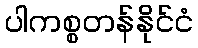
ပါကစ္စတန်နိုင်ငံ